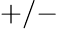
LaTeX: +/-